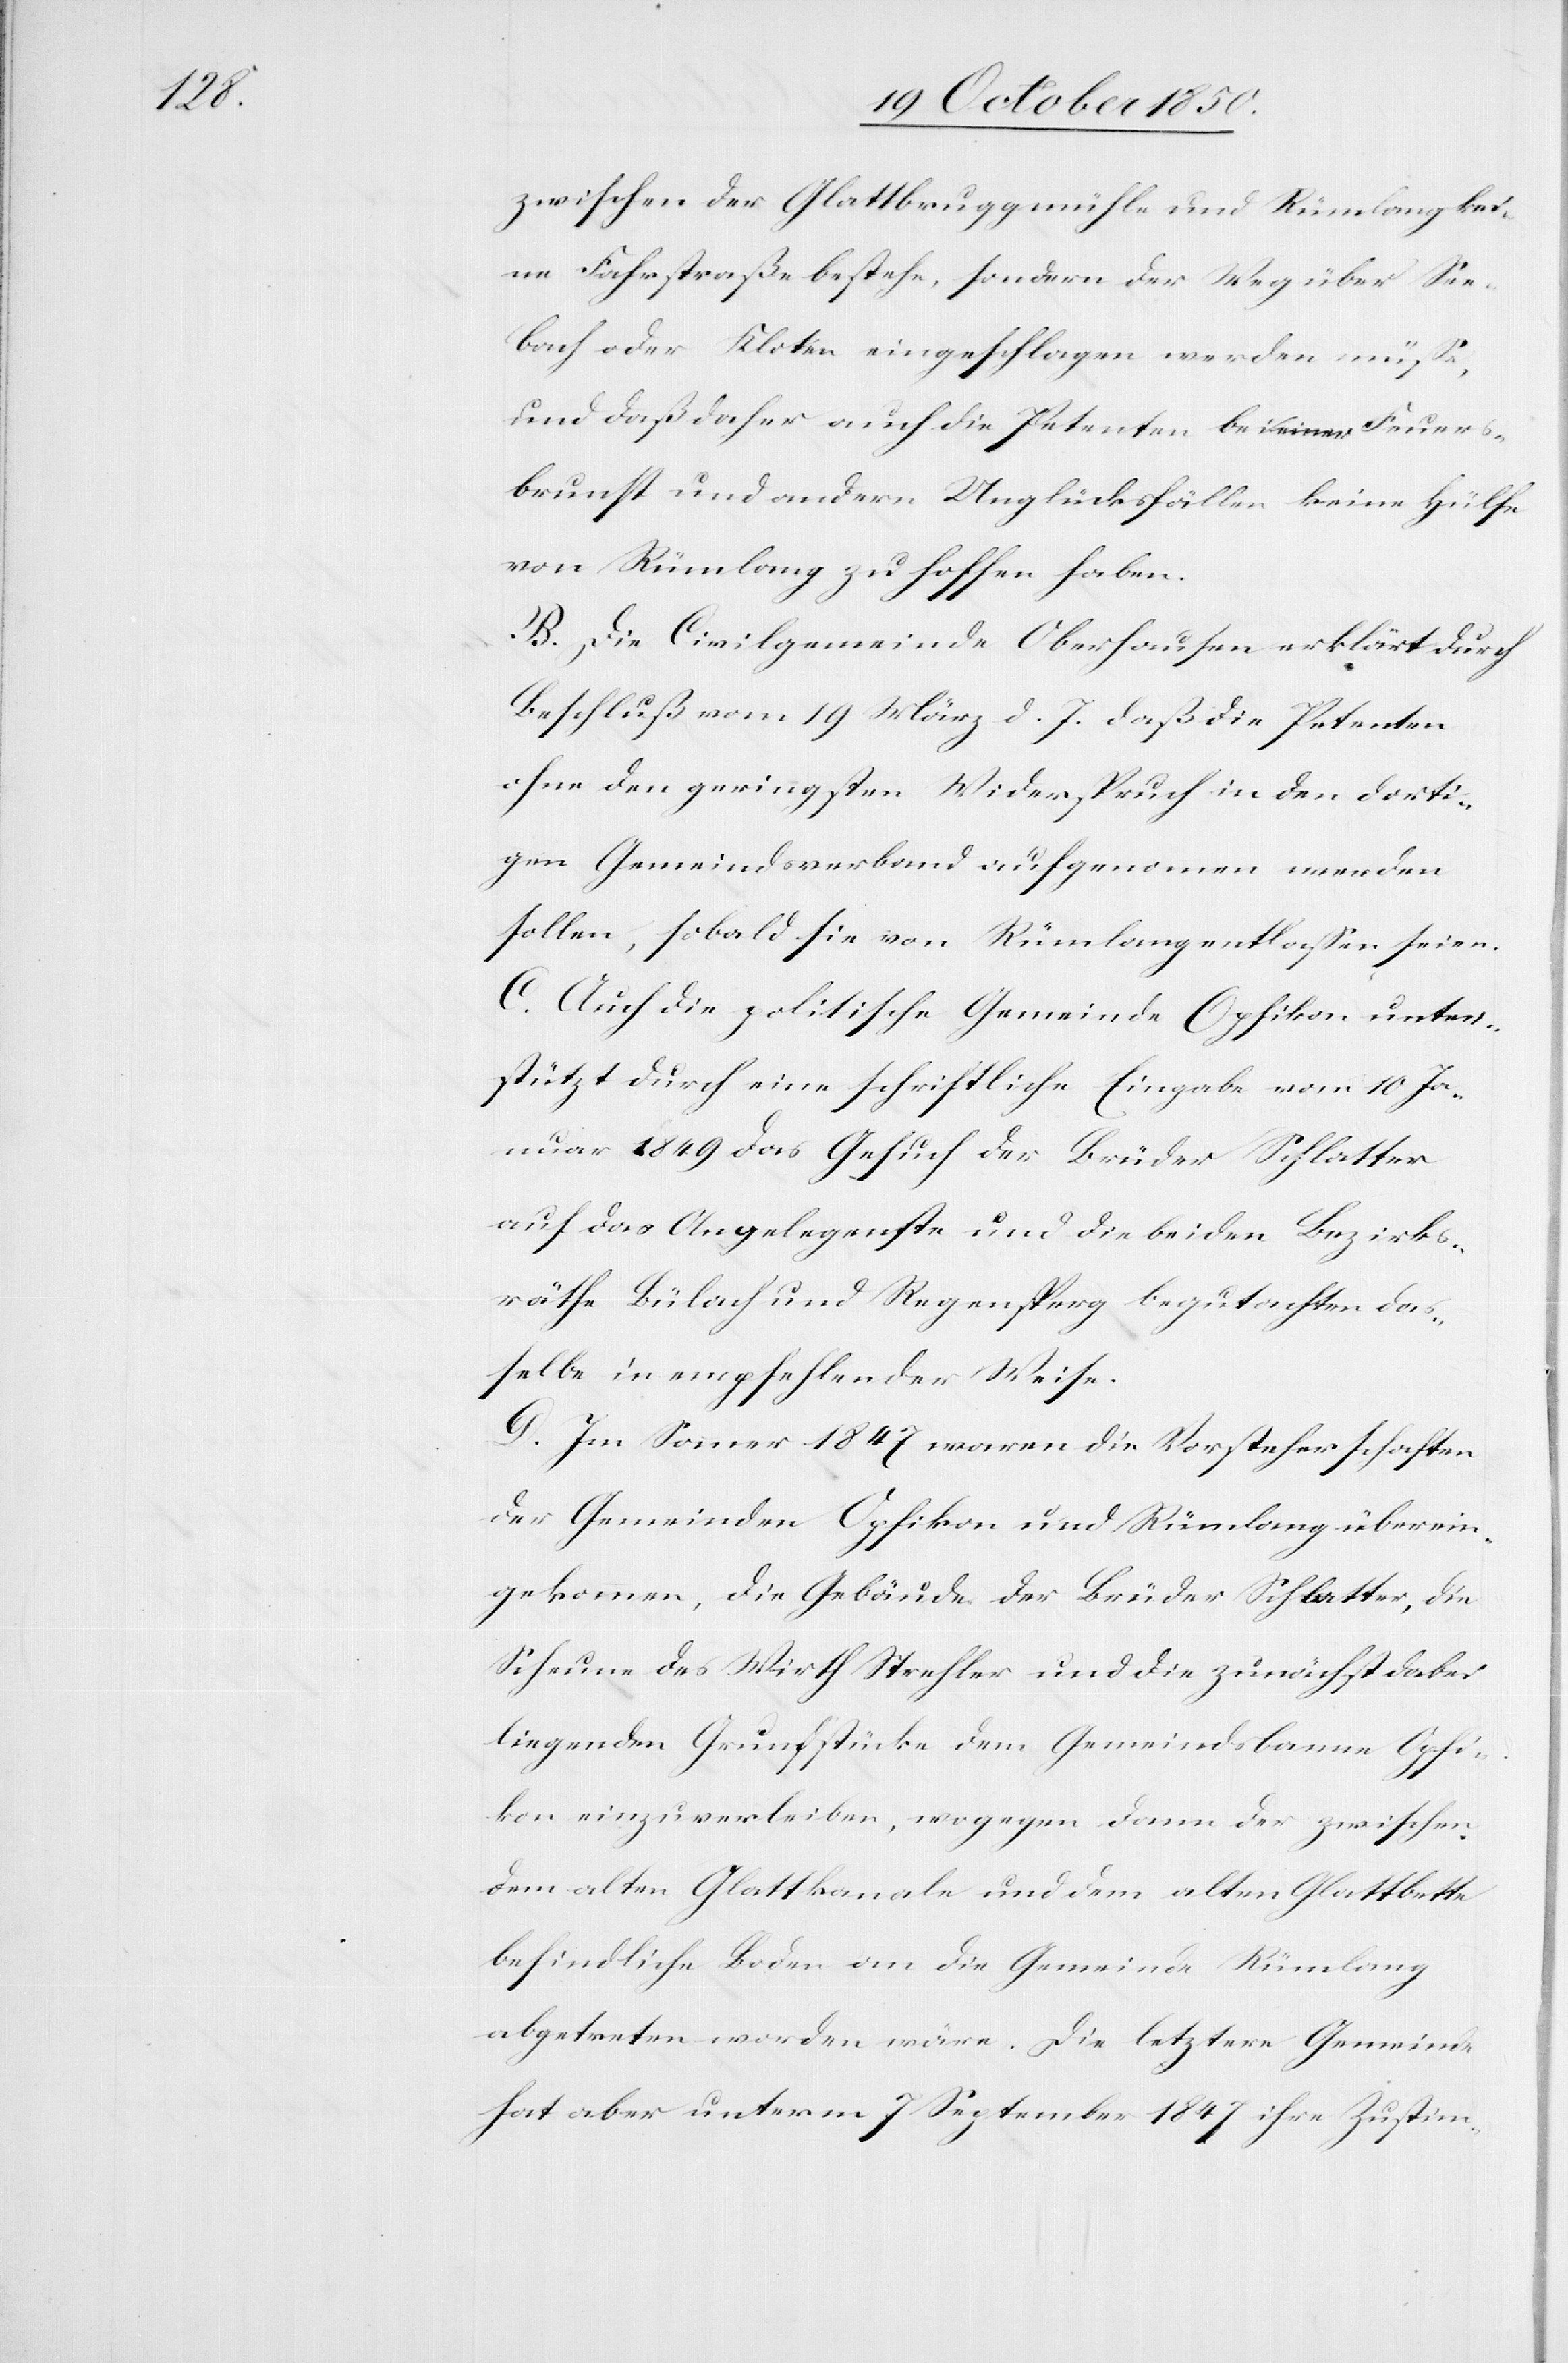
zwischen der Glattbruggmühle und Rümlang kei¬
ne Fahrstraße bestehe, sondern der Weg über See¬
bach oder Kloten eingeschlagen werden müsse,
und daß daher auch die Petenten bei einer Feuers¬
brunft und andern Unglücksfällen keine Hülfe
von Rümlang zu hoffen haben.
B. Die Civilgemeinde Oberhausen erklärt durch
Beschluß vom 19 März d. J. daß die Petenten
ohne den geringsten Widerspruch in den dorti¬
gen Gemeindsverband aufgenommen werden
sollen, sobald sie von Rümlang entlassen seien.
C. Auf die politische Gemeinde Opfikon unter¬
stützt durch eine schriftliche Eingabe vom 10 Ja¬
nuar 1849 das Gesuch der Brüder Schlatter
auf das Angelegenste und die beiden Bezirks¬
räthe Bülach und Regensperg begutachten das¬
selbe in empfehlender Weise.
D. Im Sommer 1847 waren die Vorsteherschaften
der Gemeinden Opfikon und Rümlang überein¬
gekommen, die Gebäude der Brüder Schlatter, die
Scheune des Wirth Strehler und die zunächst dabei
liegenden Grundstücke dem Gemeindsbanne Opfi¬
kon einzuverleiben, wogegen dann der zwischen
dem alten Glattkanale und dem alten Glattbette
befindliche Boden an die Gemeinde Rümlang
abgetreten worden wäre. Die letztere Gemeinde
hat aber unterm 7 September 1847 ihre Zustim-